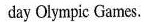
day Olympic Games.